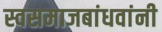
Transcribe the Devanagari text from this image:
स्वसमाजबांधवांनी